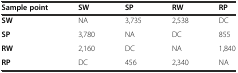
<table><thead><tr><td><b>Sample point</b></td><td><b>SW</b></td><td><b>SP</b></td><td><b>RW</b></td><td><b>RP</b></td></tr></thead><tbody><tr><td><b>SW</b></td><td>NA</td><td>3,735</td><td>2,538</td><td>DC</td></tr><tr><td><b>SP</b></td><td>3,780</td><td>NA</td><td>DC</td><td>855</td></tr><tr><td><b>RW</b></td><td>2,160</td><td>DC</td><td>NA</td><td>1,840</td></tr><tr><td><b>RP</b></td><td>DC</td><td>456</td><td>2,340</td><td>NA</td></tr></tbody></table>